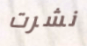
نشرت